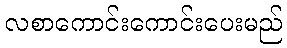
လစာကောင်းကောင်းပေးမည်